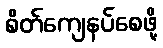
စိတ်ကျေနပ်စေဖို့